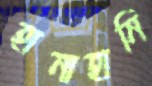
হানাহানি